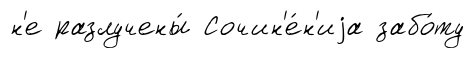
н'е разлучены́ Сочин'е́н'иjа забо́ту